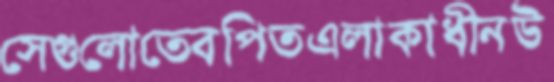
সেগুলোতেবপিতএলাকাধীনউ